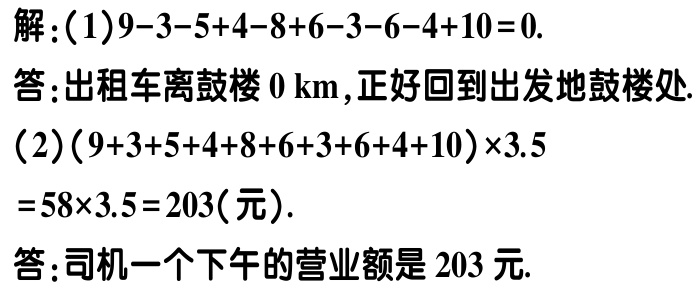
解：(1)$9 - 3 - 5 + 4 - 8 + 6 - 3 - 6 - 4 + 10 = 0$.
答：出租车离鼓楼$0\ \text{km}$，正好回到出发地鼓楼处.
(2)$(9 + 3 + 5 + 4 + 8 + 6 + 3 + 6 + 4 + 10)\times3.5$
$= 58\times3.5 = 203(元)$.
答：司机一个下午的营业额是$203$元.